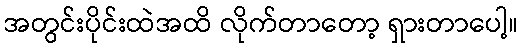
အတွင်းပိုင်းထဲအထိ လိုက်တာတော့ ရှားတာပေါ့။